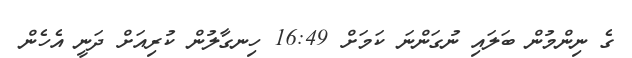
ގެ ނިންމުން ބަލައި ނުގަންނަ ކަމަށް 16:49 ހިނގާލުން ކުރިއަށް ދަނީ އެހެން